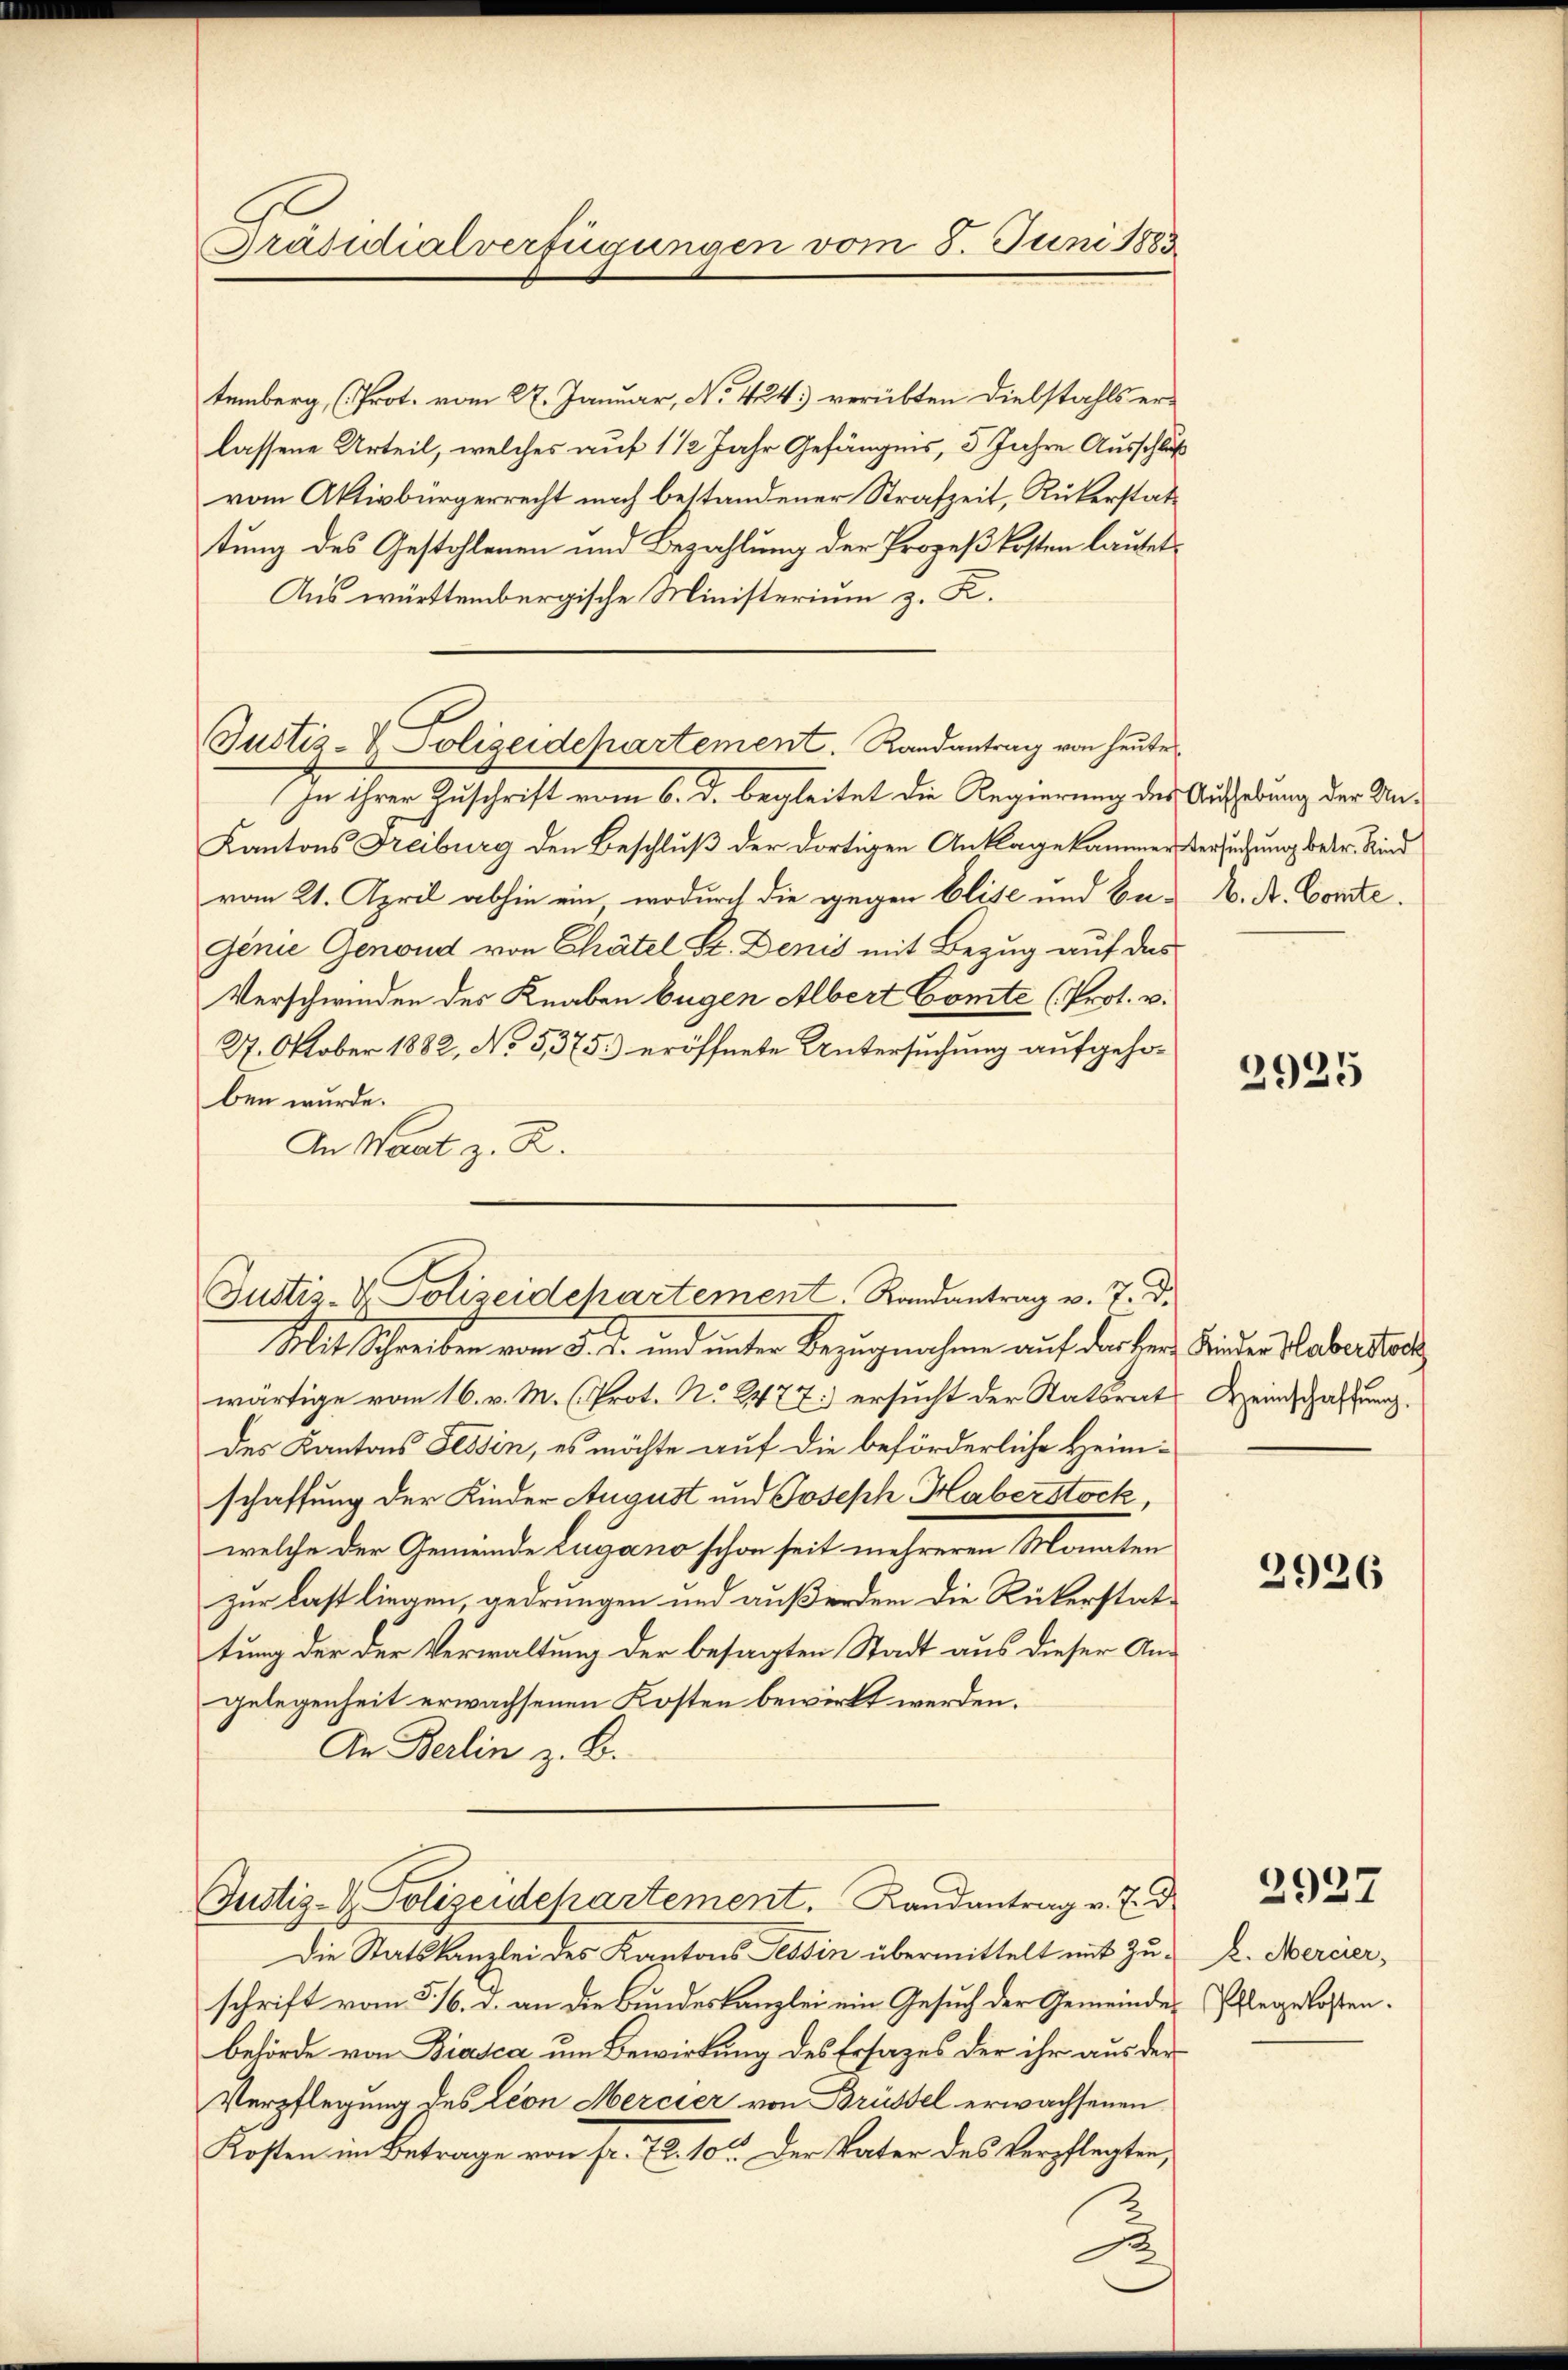
Präsidialverfügungen vom 8. Juni 1883

temberg, (Prot. vom 27. Januar, No 424.) verübten Diebstahls erlassene Urteil, welches auf 1 1/2 Jahr Gefängnis, 5 Jahre Ausschluß
vom Aktivbürgerrecht noch bestandener Strafzeit, Rükerstattung des Gestohlenen und Bezahlung der Prozeßkosten lautet,
Aus württembergische Ministerium z. K.
Justiz- & Polizeidepartement. Randantrag von heute

Justiz- & Polizeidchartement. Randantrag v. 7. d.
Mit Schreiben vom 5. d. und unter Bezugnahme auf der Herr Kinder Habersters

In ihrer Zuschrift vom 6. d. begleitet die Regierung des Aufhebung der Un¬
Kantons Freiburg den Beschluß der dortigen Anklage kammen Versuchung betr. Kind
vom 21. April abhin ein, wodurch die gegen Elite und Be- K. A. Comte.
Genie Genoud von Chätel Sr. Denis mit Bezug auf das
Verschwinden des Knaben begen Albert Cömte (Prot. v.
27. Oktober 1882, No 5,375. eröffnete Untersuchung aufgehoben wurde.
An Wart z. R.

wärtige vom 16. v. M. (Prot. N. 2477) ersucht der Statsrat Weinschaftung.
des Kantons Tessin, es möchte auf die beförderliche Heimschaffung der Kinder August und Joseph Haberstock,
welche der Gemeinde Lugano schon seit mehreren Monaten
zur Last liegen, gedrungen und außerdem die Rückerstattung der der Verwaltung der besagten Stadt aus dieser Angelegenheit erwachsenen Kosten bewirkt werden.
An Berlin z. B.
Justiz- & Polizeidepartement. Landantrag v. J. d
Die Statskanzlei des Kantons Tessin übermittelt mit Zuschrift vom 5. 16. d. an die Bundeskanzlei ein Gesuch der Gemeindes Ehegelostenbehörde von Biasca um Bewirkung des Ersatzes der ihr aus der
Verpflegung des Leon Mercier von Brüssel erwachsenen
Kosten im Betrage von fr. 72. 10. Der Vater des Verpflegten,

2925

2926

2927

2. Mercier,